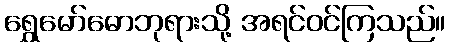
ရွှေမော်ဓောဘုရားသို့ အရင်ဝင်ကြသည်။